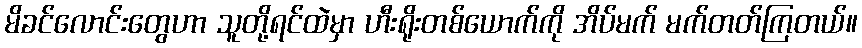
မိခင်လောင်းတွေဟာ သူတို့ရင်ထဲမှာ ဟီးရိုးတစ်ယောက်ကို အိပ်မက် မက်တတ်ကြတယ်။